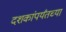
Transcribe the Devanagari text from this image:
दशकांपर्यंतच्या